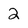
Character: 2